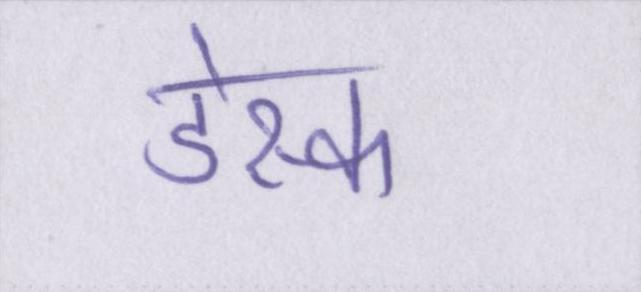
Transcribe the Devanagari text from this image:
डेस्क